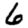
Digit: 6